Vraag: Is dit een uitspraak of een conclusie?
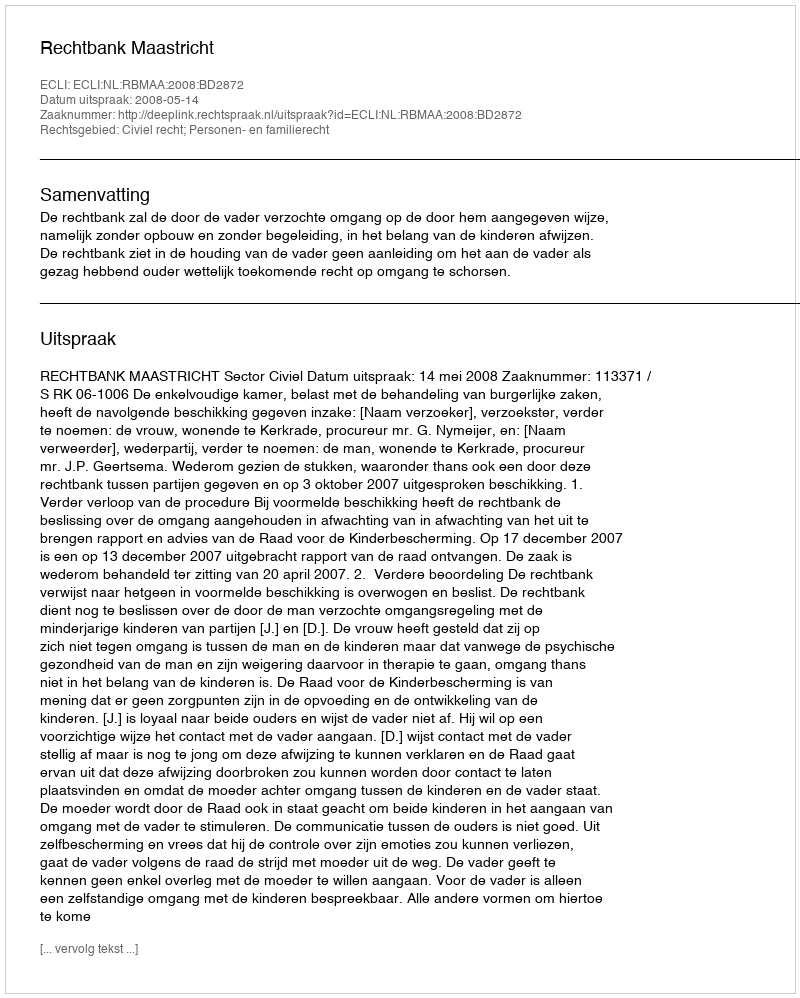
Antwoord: Uitspraak